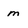
Character: m